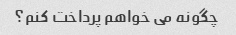
چگونه می خواهم پرداخت کنم؟